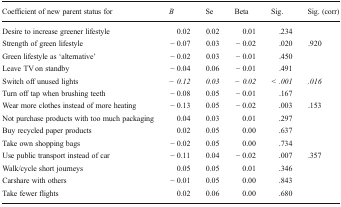
<table><thead><tr><td><b>Coefficient of new parent status for</b></td><td><b><i>B</i></b></td><td><b>Se</b></td><td><b>Beta</b></td><td><b>Sig.</b></td><td><b>Sig. (corr)</b></td></tr></thead><tbody><tr><td>Desire to increase greener lifestyle</td><td>0.02</td><td>0.02</td><td>0.01</td><td>.234</td><td></td></tr><tr><td>Strength of green lifestyle</td><td>− 0.07</td><td>0.03</td><td>− 0.02</td><td>.020</td><td>.920</td></tr><tr><td>Green lifestyle as ‘alternative’</td><td>− 0.02</td><td>0.03</td><td>− 0.01</td><td>.450</td><td></td></tr><tr><td>Leave TV on standby</td><td>− 0.04</td><td>0.06</td><td>− 0.01</td><td>.491</td><td></td></tr><tr><td>Switch off unused lights</td><td><i>− 0.12</i></td><td><i>0.03</i></td><td><i>− 0.02</i></td><td><i>&lt; .001</i></td><td><i>.016</i></td></tr><tr><td>Turn off tap when brushing teeth</td><td>− 0.08</td><td>0.05</td><td>− 0.01</td><td>.167</td><td></td></tr><tr><td>Wear more clothes instead of more heating</td><td>− 0.13</td><td>0.05</td><td>− 0.02</td><td>.003</td><td>.153</td></tr><tr><td>Not purchase products with too much packaging</td><td>0.04</td><td>0.03</td><td>0.01</td><td>.297</td><td></td></tr><tr><td>Buy recycled paper products</td><td>0.02</td><td>0.05</td><td>0.00</td><td>.637</td><td></td></tr><tr><td>Take own shopping bags</td><td>− 0.02</td><td>0.05</td><td>0.00</td><td>.734</td><td></td></tr><tr><td>Use public transport instead of car</td><td>− 0.11</td><td>0.04</td><td>− 0.02</td><td>.007</td><td>.357</td></tr><tr><td>Walk/cycle short journeys</td><td>0.05</td><td>0.05</td><td>0.01</td><td>.346</td><td></td></tr><tr><td>Carshare with others</td><td>− 0.01</td><td>0.05</td><td>0.00</td><td>.843</td><td></td></tr><tr><td>Take fewer flights</td><td>0.02</td><td>0.06</td><td>0.00</td><td>.680</td><td></td></tr></tbody></table>